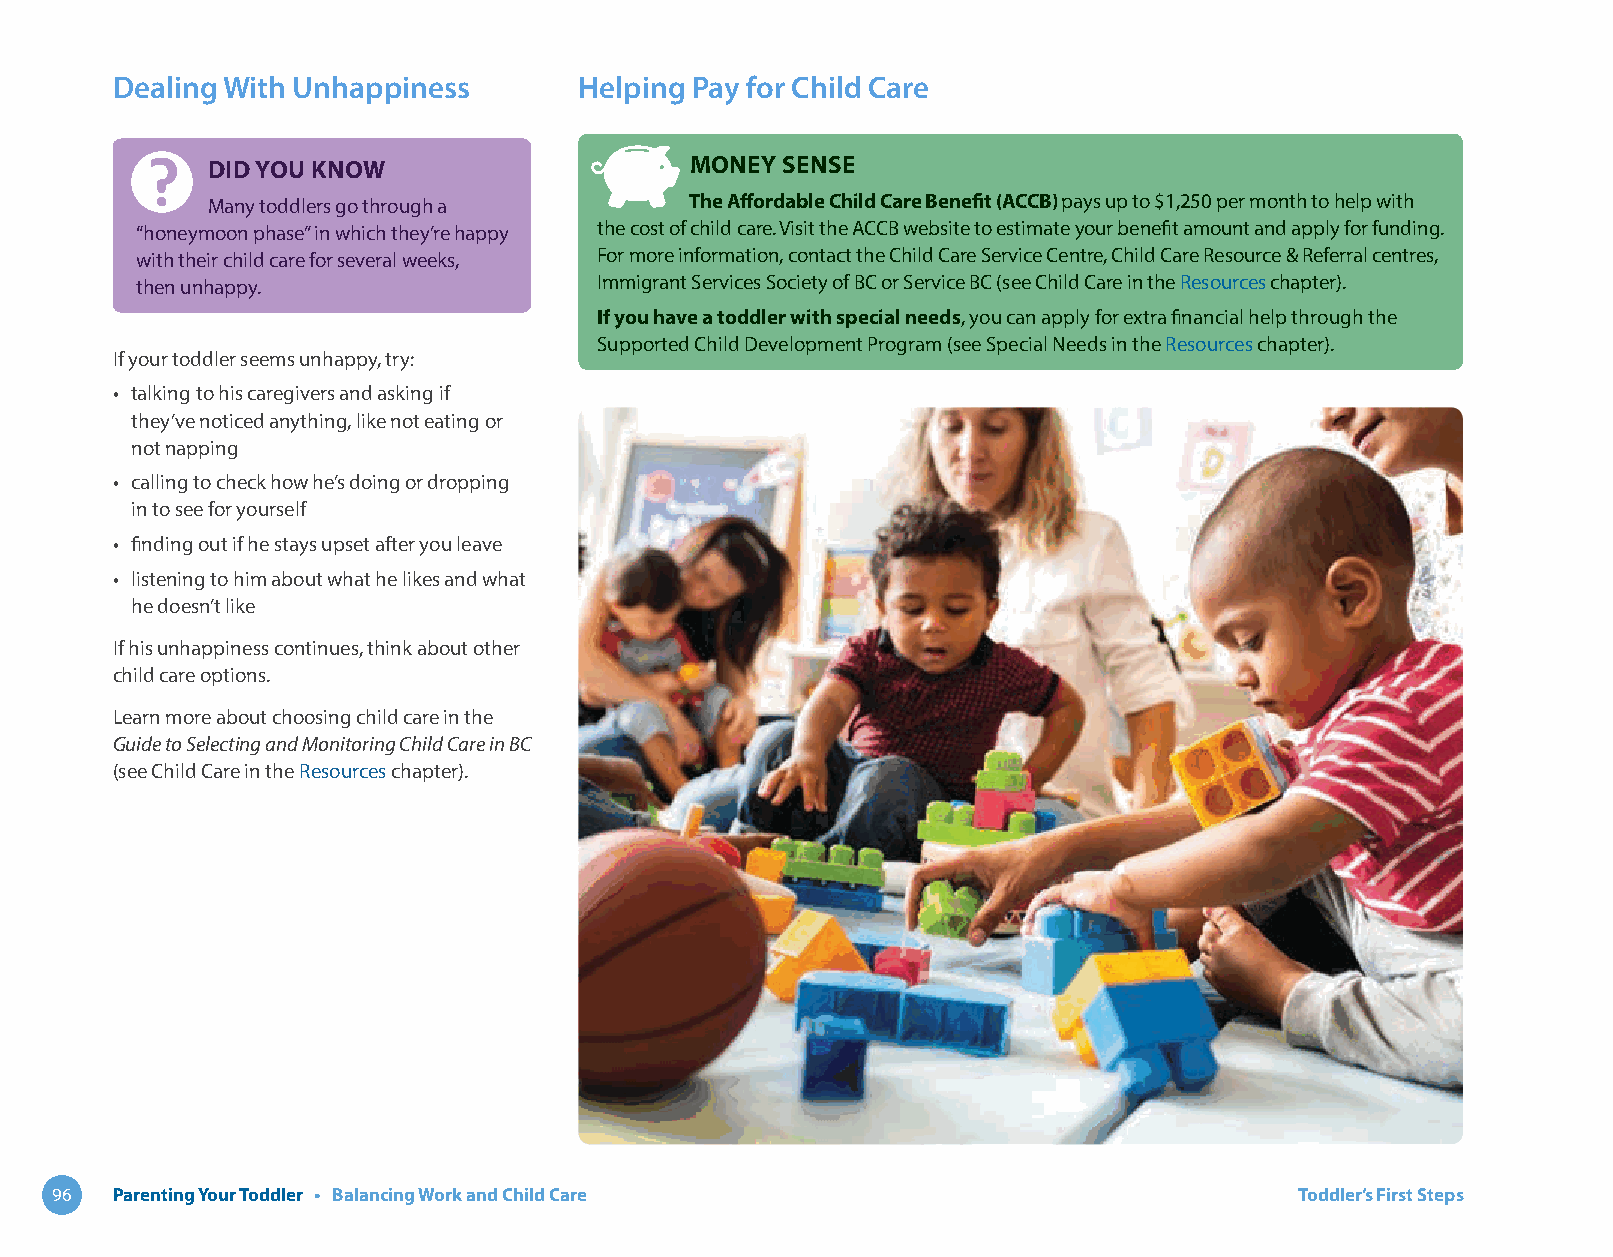
Dealing With Unhappiness       Helping Pay for Child Care
 DID YOU KNOW                    MONEY SENSE
 Many toddlers go through a      The Affordable Child Care Benefit (ACCB) pays up to $1,250 per month to help with
 “honeymoon phase” in which they’re happy the cost of child care. Visit the ACCB website to estimate your benefit amount and apply for funding.
 with their child care for several weeks, For more information, contact the Child Care Service Centre, Child Care Resource & Referral centres,
 then unhappy.                  Immigrant Services Society of BC or Service BC (see Child Care in the Resources chapter).
 If you have a toddler with special needs, you can apply for extra financial help through the
 Supported Child Development Program (see Special Needs in the Resources chapter).
 If your toddler seems unhappy, try:
 • talking to his caregivers and asking if
 they’ve noticed anything, like not eating or
 not napping
 • calling to check how he’s doing or dropping
 in to see for yourself
 • finding out if he stays upset after you leave
 • listening to him about what he likes and what
 he doesn’t like
 If his unhappiness continues, think about other
 child care options.
 Learn more about choosing child care in the
 Guide to Selecting and Monitoring Child Care in BC
 (see Child Care in the Resources chapter).
 96  Parenting Your Toddler • Balancing Work and Child Care                         Toddler’s First Steps